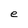
Character: e